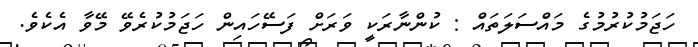
ހަޖަމުކުރުމުގެ މައްސަލަތައް : ކުންނާރަކީ ވަރަށް ފަސޭހައިން ހަޖަމުކުރެވޭ މޭވާ އެކެވެ.